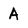
Character: A